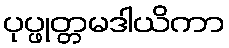
ပုပ္ဖုတ္တမဒါယိကာ